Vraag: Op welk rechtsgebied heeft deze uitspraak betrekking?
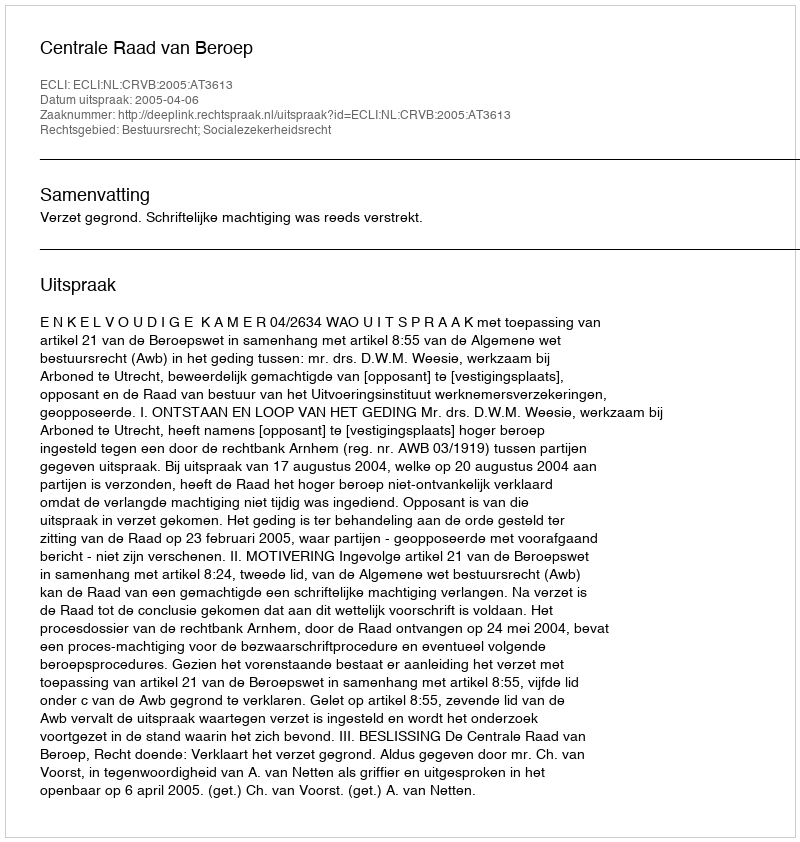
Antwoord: Bestuursrecht; Socialezekerheidsrecht